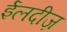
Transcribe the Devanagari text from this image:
ईलदीज़